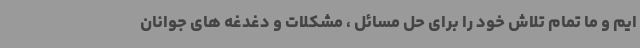
ایم و ما تمام تلاش خود را برای حل مسائل ، مشکلات و دغدغه های جوانان